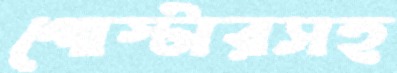
পোস্টারসহ